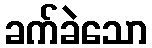
ခက်ခဲသော